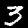
Label: 3